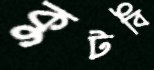
কুটবি